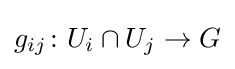
g_{ij}\colon U_{i}\cap U_{j}\to G